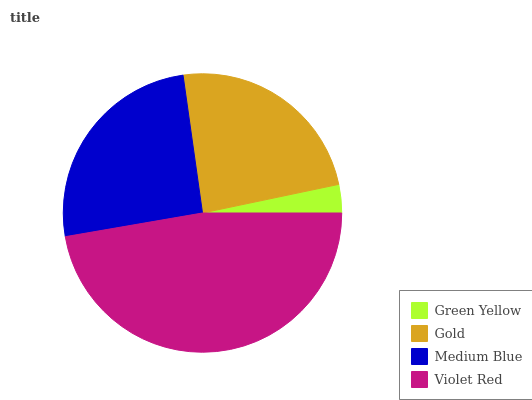
| Green Yellow | Gold | Medium Blue | Violet Red |
 | --- | --- | --- | --- |
 | 3.3% | 23.9% | 25.5% | 47.3% |